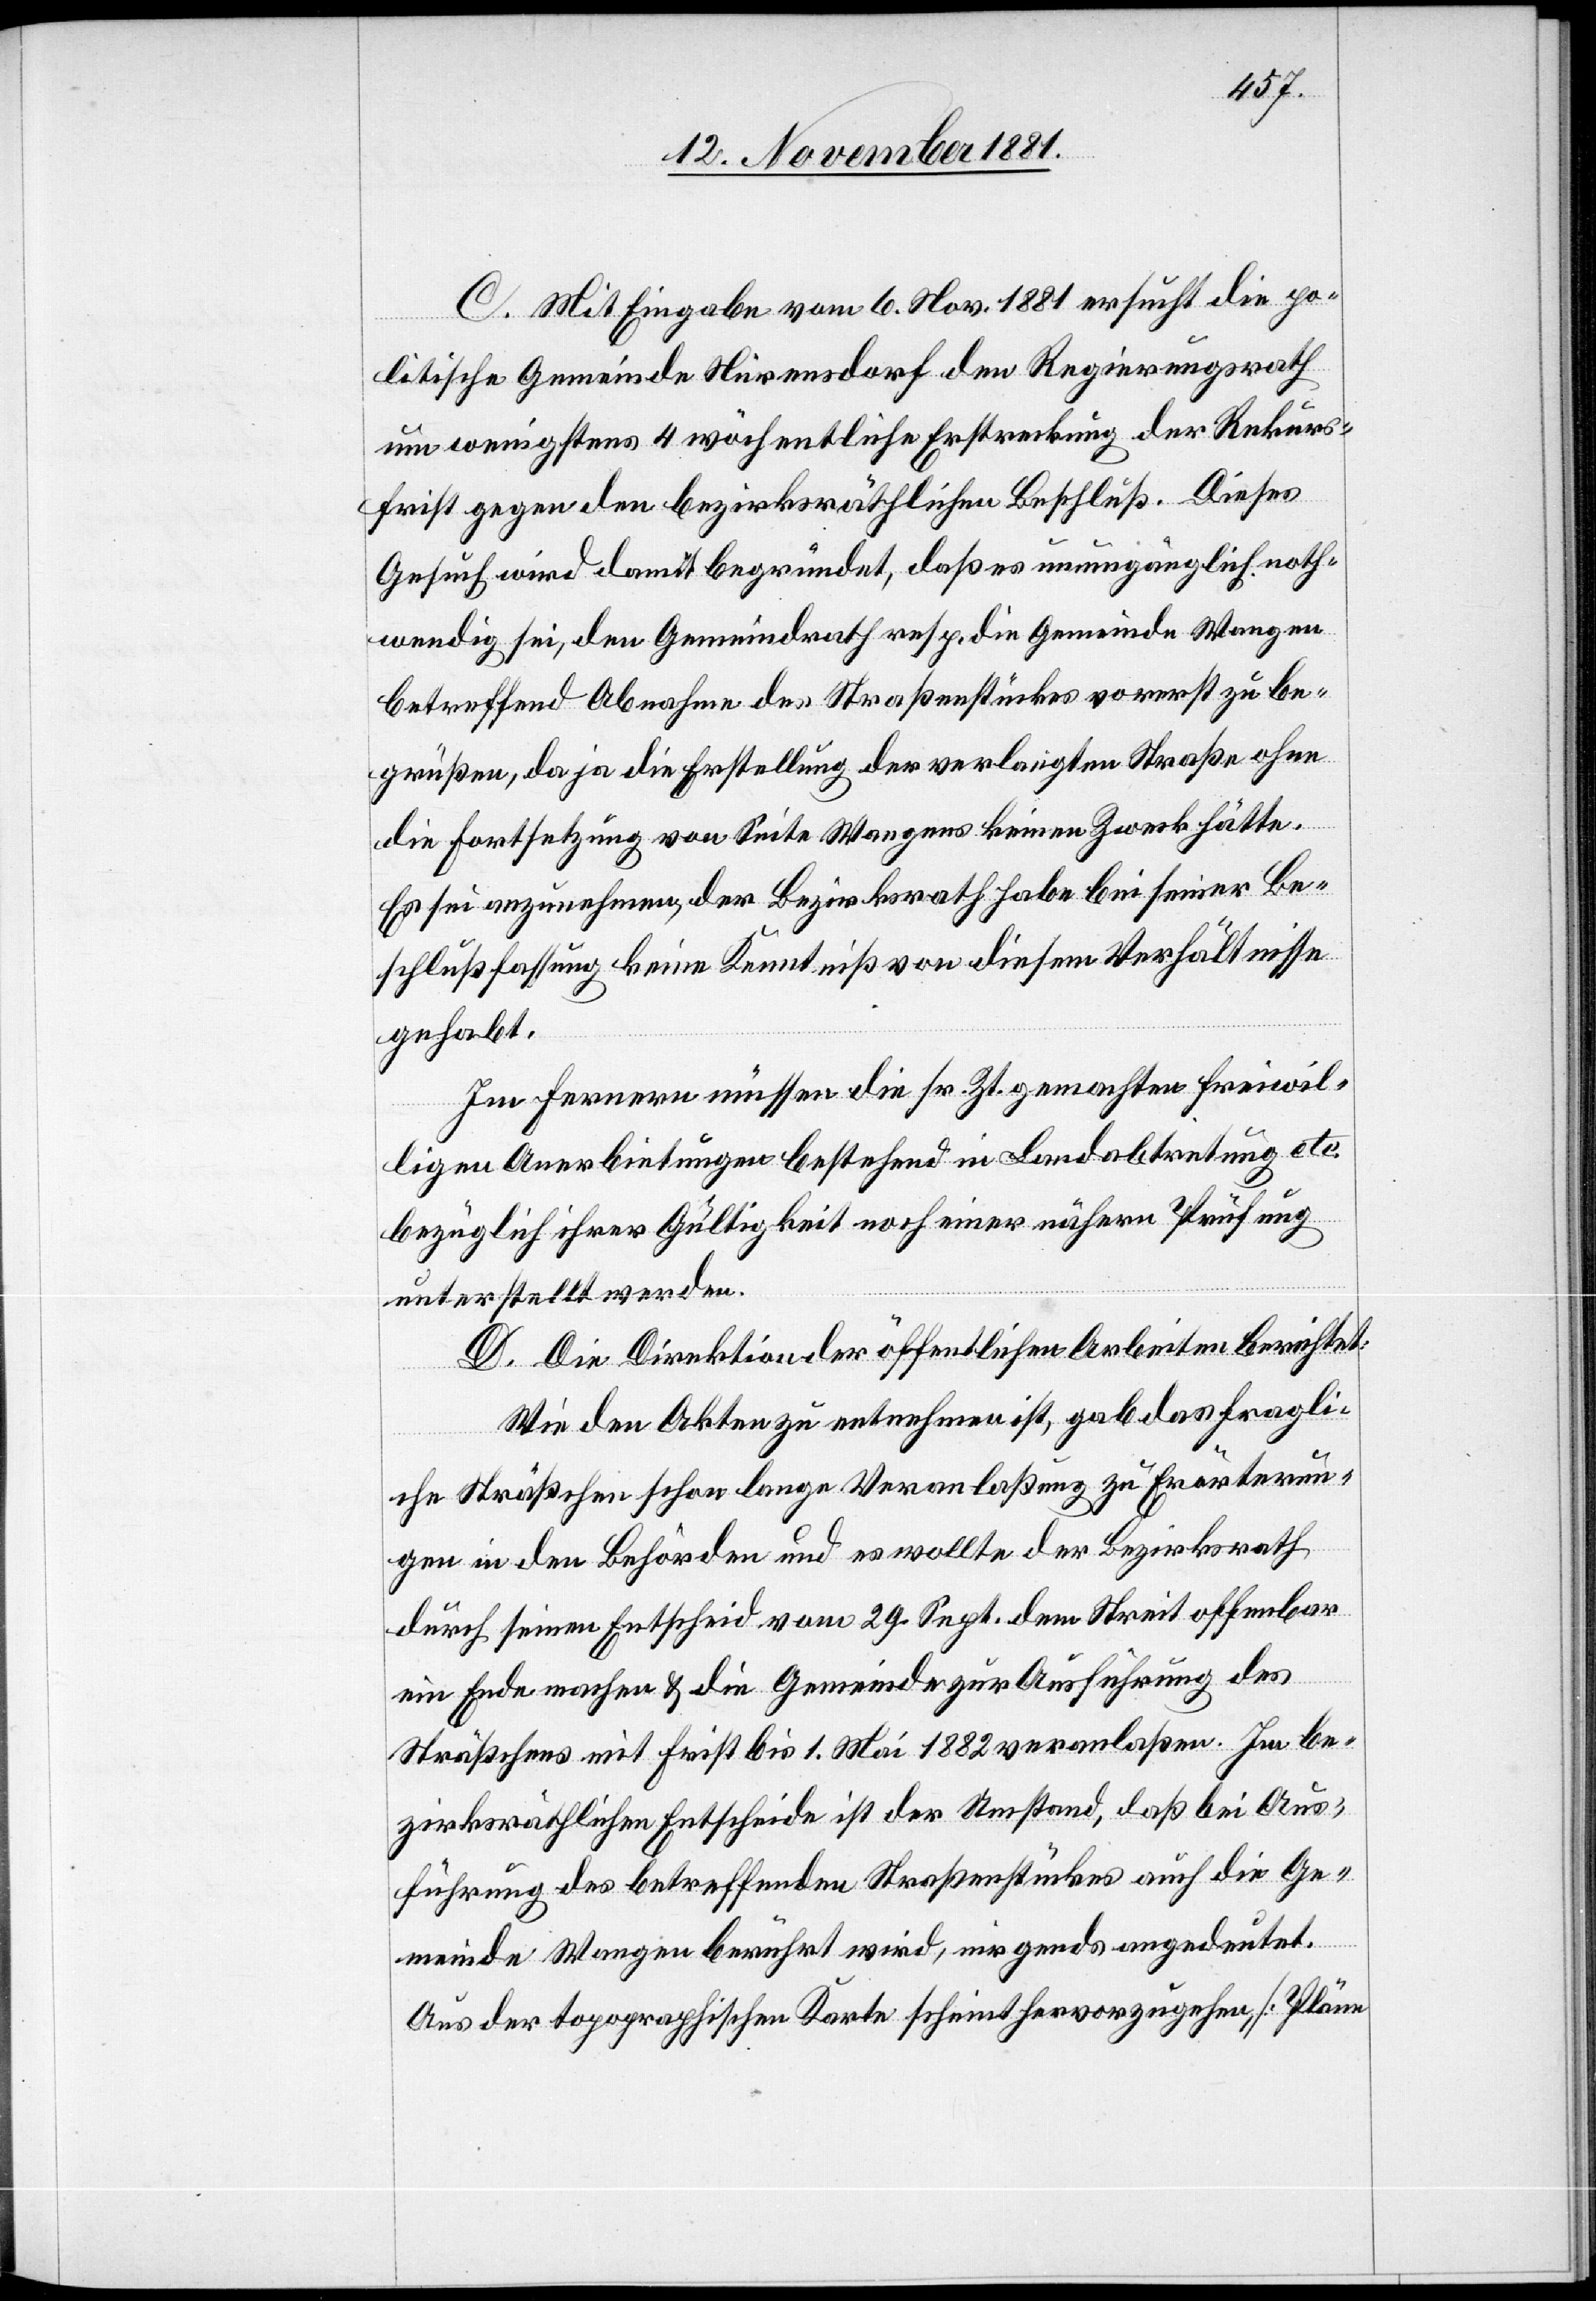
C. Mit Eingabe vom 6. Nov. 1881 ersucht die po¬
litische Gemeinde Nürensdorf den Regierungsrath
um wenigstens 4 wöchentliche Erstreckung der Rekurs¬
frist gegen den bezirksräthlichen Beschluß. Dieses
Gesuch wird damit begründet, daß es unumgänglich noth¬
wendig sei, den Gemeindrath resp. die Gemeinde Wangen
betreffend Abnahme des Straßenstückes vorerst zu be¬
grüßen, da ja die Erstellung der verlangten Straße ohne
die Fortsetzung von Seite Wangens keinen Zweck hätte.
Es sei anzunehmen, der Bezirksrath habe bei seiner Be¬
schlußfassung keine Kenntniß von diesem Verhältnisse
gehabt.
Im Fernern müssen die sr. Zt. gemachten freiwil¬
ligen Anerbietungen bestehend in Landabtretung etc.
bezüglich ihrer Gültigkeit noch einer nähern Prüfung
unterstellt werden.
C. Die Direktion der öffentlichen Arbeiten berichtet:
Wie den Akten zu entnehmen ist, gab das fragli¬
che Sträßchen schon lange Veranlaßung zu Erörterun¬
gen in den Behörden und es wollte der Bezirksrath
durch seinen Entscheid vom 29. Sept. dem Streit offenbar
ein Ende machen & die Gemeinde zur Ausführung des
Sträßchens mit Frist bis 1. Mai 1882 veranlaßen. Im be¬
zirksräthlichen Entscheide ist der Umstand, daß bei Aus¬
führung des betreffenden Straßenstückes auch die Ge¬
meinde Wangen berührt wird, nirgends angedeutet.
Aus der topographischen Karte scheint hervorzugehen, [Pläne